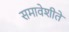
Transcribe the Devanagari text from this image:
समावेशीते